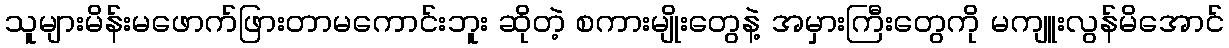
သူများမိန်းမဖောက်ဖြားတာမကောင်းဘူး ဆိုတဲ့ စကားမျိုးတွေနဲ့ အမှားကြီးတွေကို မကျူးလွန်မိအောင်